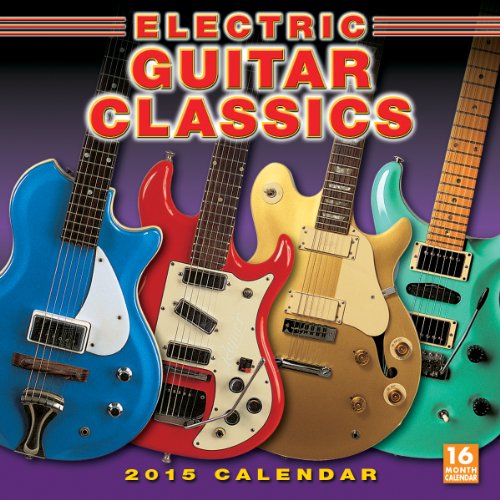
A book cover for Electric Guitar Classics 2015 Wall Calendar; Outline Press Limited; Calendars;